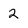
Character: 2